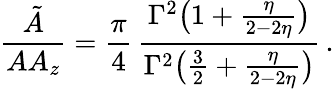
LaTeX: \frac{{\tilde{A}}}{AA_{z}}=\frac{\pi}{4}\, \frac{\Gamma^{2}\big(1+\frac{\eta}{2-2\eta}\big)}{\Gamma^{2}\big(\frac{3}{2}+\frac{\eta}{2-2\eta}\big)}\, .